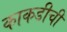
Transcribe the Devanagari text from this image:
काकडीची